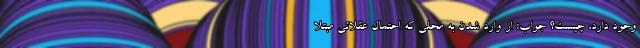
وجود دارد، چیست؟ جواب: از وارد شدن به محلی که احتمال عقلائی مبتلا